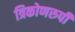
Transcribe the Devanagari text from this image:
त्रिकोणरुपी